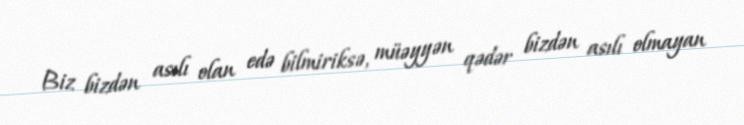
Biz bizdən asılı olan edə bilmiriksə, müəyyən qədər bizdən asılı olmayan